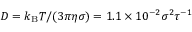
D = k _ { \mathrm { B } } T / ( 3 \pi \eta \sigma ) = 1 . 1 \times 1 0 ^ { - 2 } \sigma ^ { 2 } \tau ^ { - 1 }